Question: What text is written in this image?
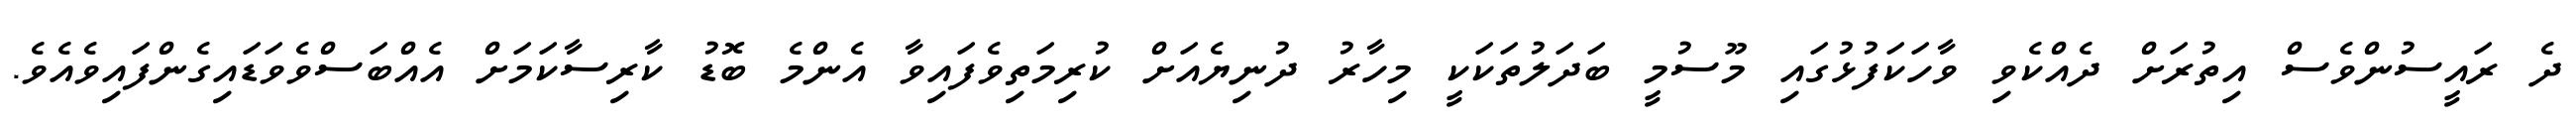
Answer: ދެ ރައީސުންވެސް އިތުރަށް ދެއްކެވި ވާހަކަފުޅުގައި މޫސުމީ ބަދަލުތަކަކީ މިހާރު ދުނިޔެއަށް ކުރިމަތިވެފައިވާ އެންމެ ބޮޑު ކާރިސާކަމަށް އެއްބަސްވެވަޑައިގެންފައިވެއެވެ.